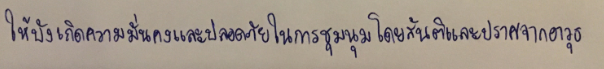
ให้บังเกิดความมั่นคงและปลอดภัยในการชุมนุมโดยสันติและปราศจากอาวุธ